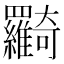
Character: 𦍉